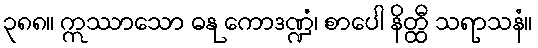
၃၈၈။ ဣဿာသော ဓနု ကောဒဏ္ဍံ၊ စာပေါ နိတ္ထီ သရာသနံ။